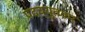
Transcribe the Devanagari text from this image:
पदच्युतकर